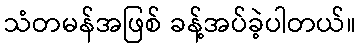
သံတမန်အဖြစ် ခန့်အပ်ခဲ့ပါတယ်။